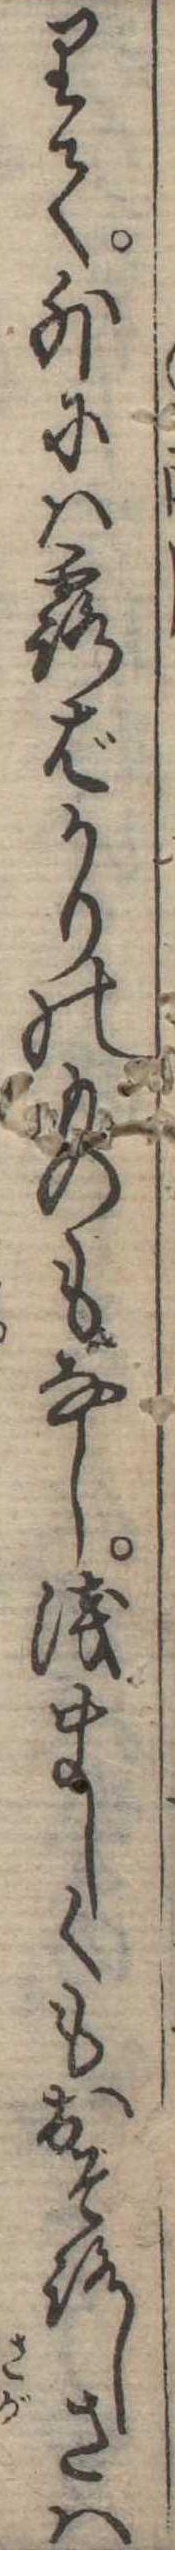
りて外には露ばかりのものもなし浅ましくもおそろしさは